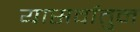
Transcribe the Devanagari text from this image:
यासर्वातुन